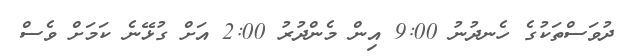
ދުވަސްތަކުގެ ހެނދުނު 9:00 އިން މެންދުރު 2:00 އަށް ގުޅޭނެ ކަމަށް ވެސް